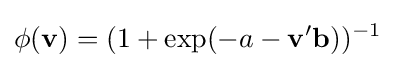
\phi (\mathbf {v} )=(1+\exp(-a-\mathbf {v} '\mathbf {b} ))^{-1}